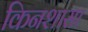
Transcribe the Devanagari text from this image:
किनशासा